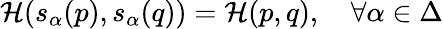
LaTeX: {\cal H}(s_{\alpha}(p),s_{\alpha}(q))={\cal H}(p,q),\quad\forall\alpha\in\Delta